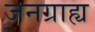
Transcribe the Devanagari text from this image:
जनग्राह्य